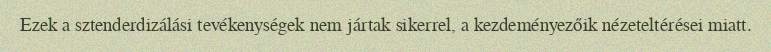
Ezek a sztenderdizálási tevékenységek nem jártak sikerrel, a kezdeményezőik nézeteltérései miatt.